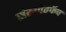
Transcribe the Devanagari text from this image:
संस्थोतर्फेच